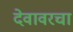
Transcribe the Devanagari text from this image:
देवावरचा